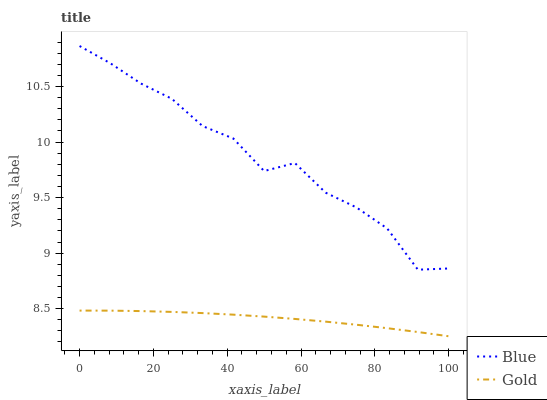
| xaxis_label | Blue | Gold |
 | --- | --- | --- |
 | 0 | 10.9 | 8.48 |
 | 8.33 | 10.7 | 8.48 |
 | 16.7 | 10.5 | 8.48 |
 | 25 | 10.4 | 8.47 |
 | 33.3 | 10.1 | 8.46 |
 | 41.7 | 10 | 8.45 |
 | 50 | 9.74 | 8.43 |
 | 58.3 | 9.81 | 8.41 |
 | 66.7 | 9.54 | 8.38 |
 | 75 | 9.41 | 8.36 |
 | 83.3 | 9.22 | 8.32 |
 | 91.7 | 8.85 | 8.29 |
 | 100 | 8.86 | 8.25 |